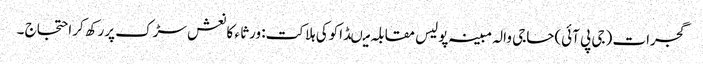
گجرات (جی پی آئی)حاجی والہ مبینہ پولیس مقابلہ میںڈاکوکی ہلاکت: ورثا ء کا نعش سڑک پررکھ کراحتجاج ۔